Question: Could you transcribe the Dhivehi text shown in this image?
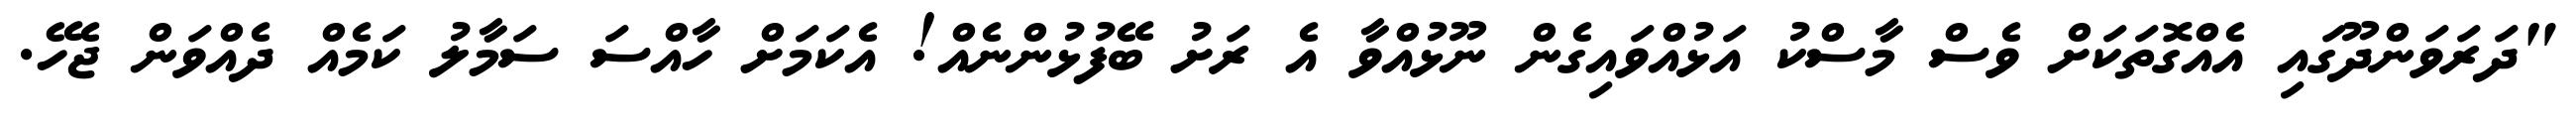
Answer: "ދަރަވަންދޫގައި އެއްގޮތަކަށް ވެސް މާސްކު އަޅުއްވައިގެން ނޫޅުއްވާ އެ ރަށު ބޭފުޅުންނެއް! އެކަމަށް ހާއްސަ ސަމާލު ކަމެއް ދެއްވަން ޖެހޭ.